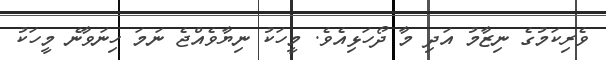
ވެރިކަމުގެ ނިޒާމު އަދި މާ ދޯހަޅިއެވެ. މީހަކު ނިޔާވެއްޖެ ނަމަ ހިނަވާނެ މީހަކު